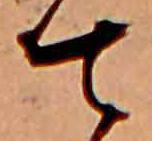
て